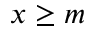
x \geq m